Problem: 7 × 4 = ?
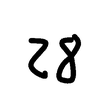
Handwritten answer: 28